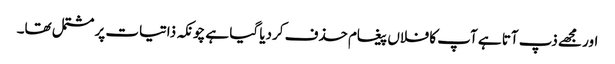
اور مجھے ذپ آتا ہے آپ کا فلاں پیغام حذف کردیا گیا ہے چونکہ ذاتیات پر مشتمل تھا۔